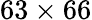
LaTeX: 63\times 66